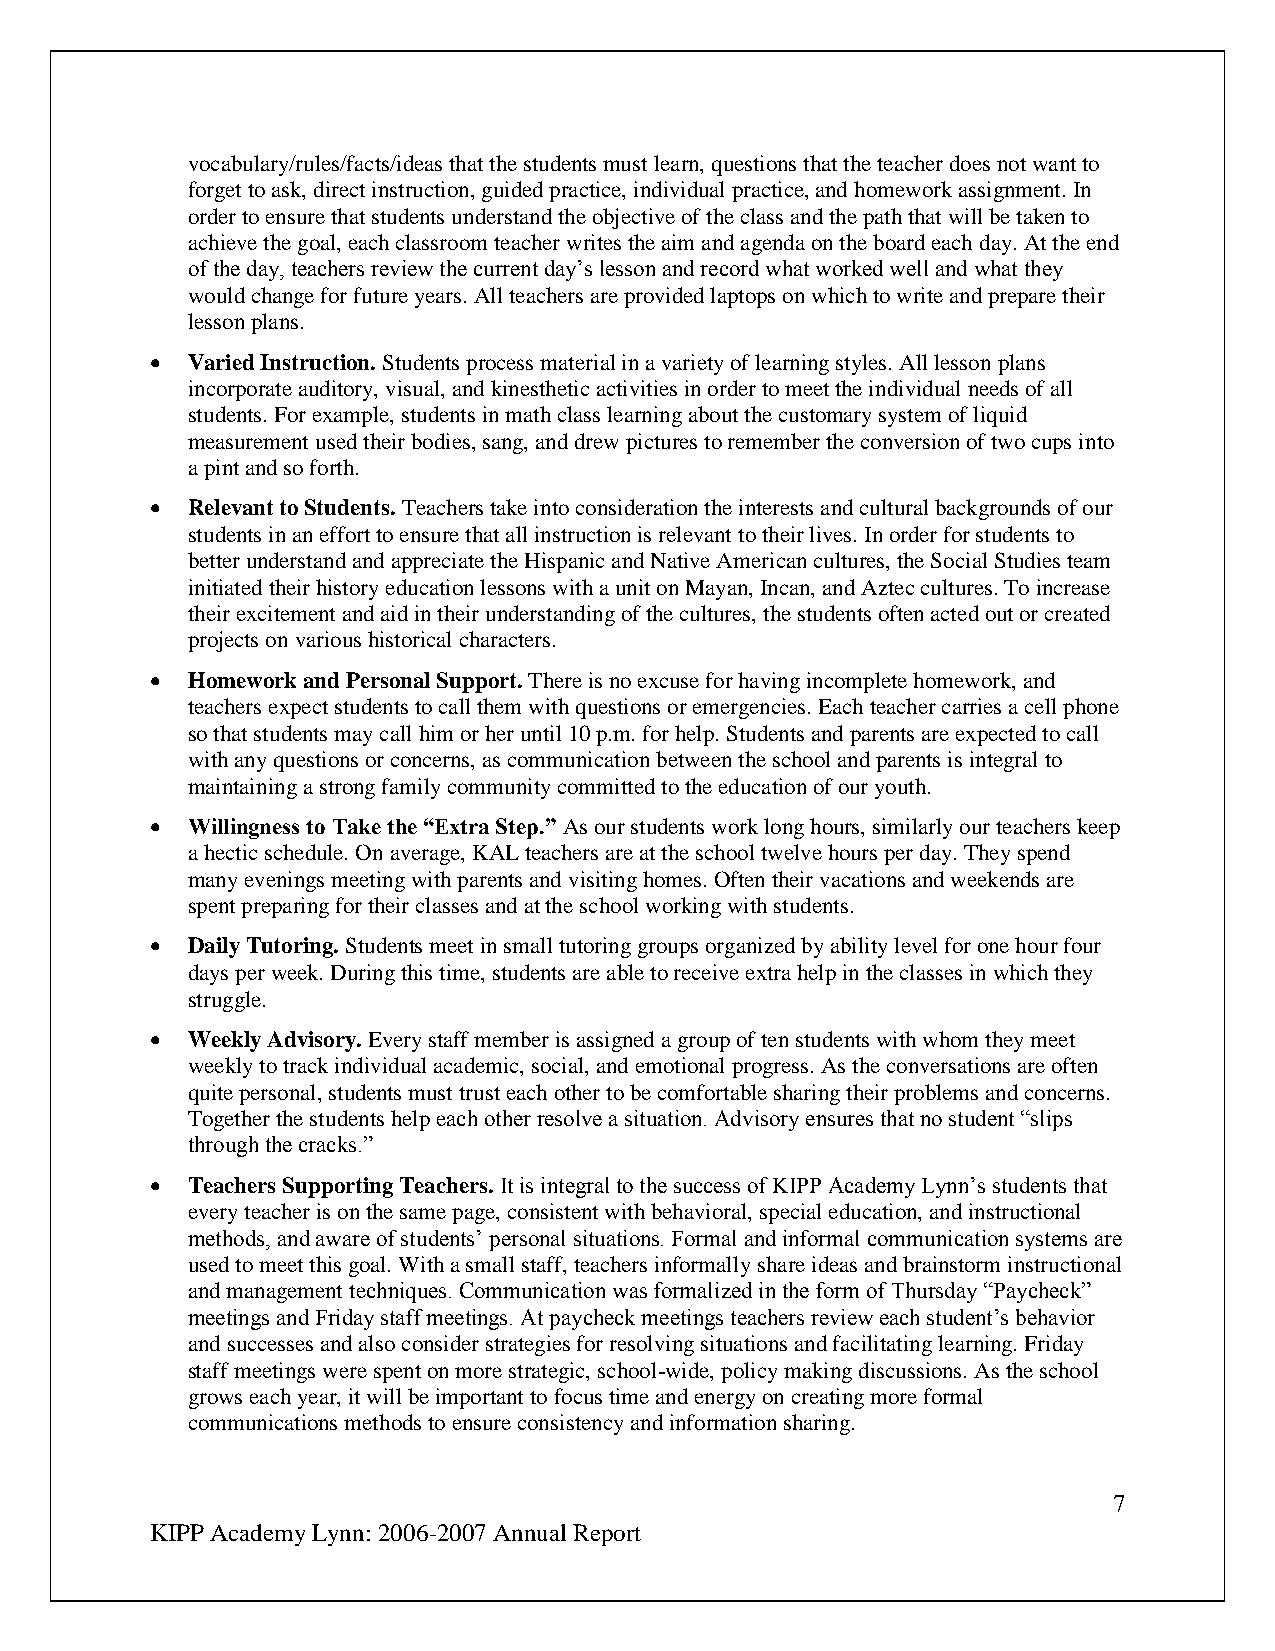
vocabulary/rules/facts/ideas that the students must learn, questions that the teacher does not want to
 forget to ask, direct instruction, guided practice, individual practice, and homework assignment. In
 order to ensure that students understand the objective of the class and the path that will be taken to
 achieve the goal, each classroom teacher writes the aim and agenda on the board each day. At the end
 of the day, teachers review the current day’s lesson and record what worked well and what they
 would change for future years. All teachers are provided laptops on which to write and prepare their
 lesson plans.
  Varied Instruction. Students process material in a variety of learning styles. All lesson plans
 incorporate auditory, visual, and kinesthetic activities in order to meet the individual needs of all
 students. For example, students in math class learning about the customary system of liquid
 measurement used their bodies, sang, and drew pictures to remember the conversion of two cups into
 a pint and so forth.
  Relevant to Students. Teachers take into consideration the interests and cultural backgrounds of our
 students in an effort to ensure that all instruction is relevant to their lives. In order for students to
 better understand and appreciate the Hispanic and Native American cultures, the Social Studies team
 initiated their history education lessons with a unit on Mayan, Incan, and Aztec cultures. To increase
 their excitement and aid in their understanding of the cultures, the students often acted out or created
 projects on various historical characters.
  Homework and Personal Support. There is no excuse for having incomplete homework, and
 teachers expect students to call them with questions or emergencies. Each teacher carries a cell phone
 so that students may call him or her until 10 p.m. for help. Students and parents are expected to call
 with any questions or concerns, as communication between the school and parents is integral to
 maintaining a strong family community committed to the education of our youth.
  Willingness to Take the “Extra Step.” As our students work long hours, similarly our teachers keep
 a hectic schedule. On average, KAL teachers are at the school twelve hours per day. They spend
 many evenings meeting with parents and visiting homes. Often their vacations and weekends are
 spent preparing for their classes and at the school working with students.
  Daily Tutoring. Students meet in small tutoring groups organized by ability level for one hour four
 days per week. During this time, students are able to receive extra help in the classes in which they
 struggle.
  Weekly Advisory. Every staff member is assigned a group of ten students with whom they meet
 weekly to track individual academic, social, and emotional progress. As the conversations are often
 quite personal, students must trust each other to be comfortable sharing their problems and concerns.
 Together the students help each other resolve a situation. Advisory ensures that no student “slips
 through the cracks.”
  Teachers Supporting Teachers. It is integral to the success of KIPP Academy Lynn’s students that
 every teacher is on the same page, consistent with behavioral, special education, and instructional
 methods, and aware of students’ personal situations. Formal and informal communication systems are
 used to meet this goal. With a small staff, teachers informally share ideas and brainstorm instructional
 and management techniques. Communication was formalized in the form of Thursday “Paycheck”
 meetings and Friday staff meetings. At paycheck meetings teachers review each student’s behavior
 and successes and also consider strategies for resolving situations and facilitating learning. Friday
 staff meetings were spent on more strategic, school-wide, policy making discussions. As the school
 grows each year, it will be important to focus time and energy on creating more formal
 communications methods to ensure consistency and information sharing.
 7
 KIPP Academy Lynn: 2006-2007 Annual Report